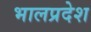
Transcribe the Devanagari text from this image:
भालप्रदेश